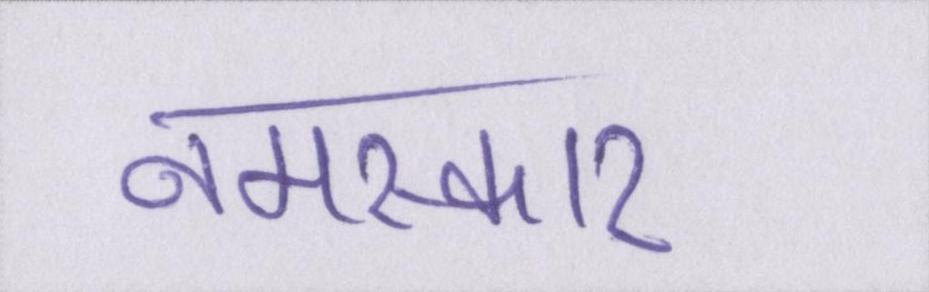
नमस्कार